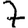
Digit: 7